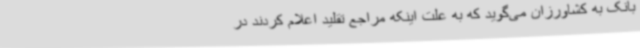
بانک به کشاورزان می‌گوید که به علت اینکه مراجع تقلید اعلام کردند در